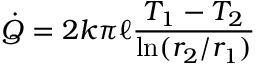
{ \dot { Q } } = 2 k \pi \ell { \frac { T _ { 1 } - T _ { 2 } } { \ln ( r _ { 2 } / r _ { 1 } ) } }